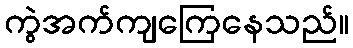
ကွဲအက်ကျကြေနေသည်။